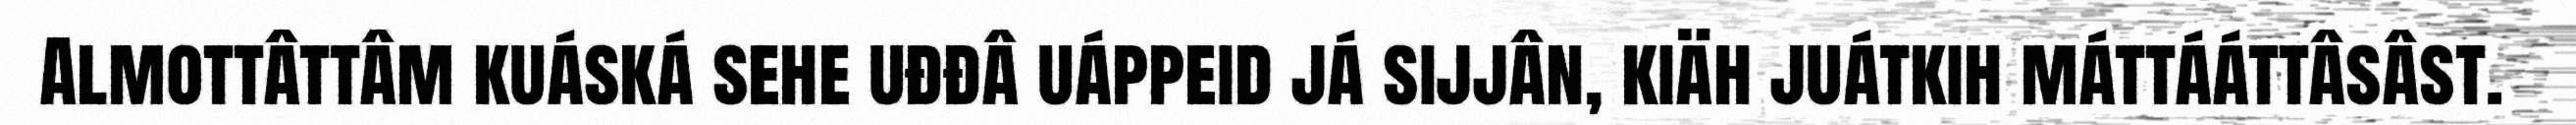
Almottâttâm kuáská sehe uđđâ uáppeid já sijjân, kiäh juátkih máttááttâsâst.